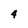
Character: 4